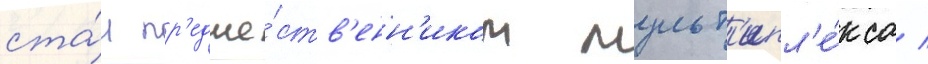
ста́л пр'едше́ств'енн'иком мульт'ипл'е́кса /